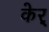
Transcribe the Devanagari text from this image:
केर्